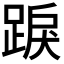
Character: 𨁸